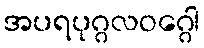
အပရပုဂ္ဂလဝဂ္ဂေါ